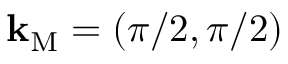
\mathbf { k } _ { \mathrm { M } } = { ( \pi / 2 , \pi / 2 ) }